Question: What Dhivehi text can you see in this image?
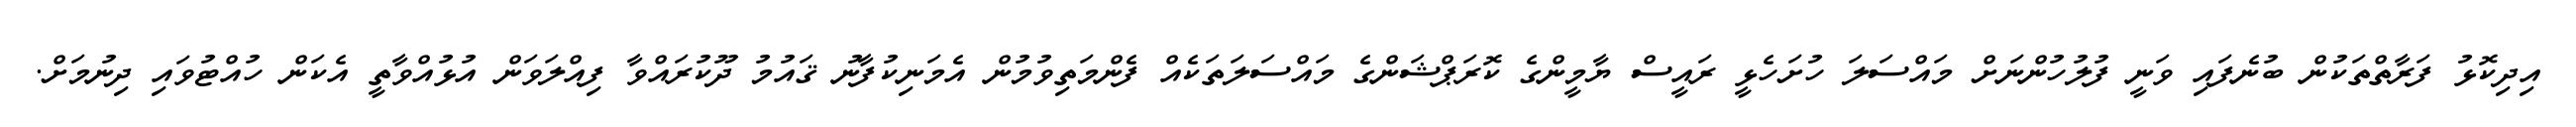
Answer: އިދިކޮޅު ފަރާތްތަކުން ބުނެފައި ވަނީ ފުލުހުންނަށް މައްސަލަ ހުށަހެޅީ ރައީސް ޔާމީންގެ ކޮރަޕްޝަންގެ މައްސަލަތަކެއް ފެންމަތިވުމުން އެމަނިކުފާނު ޤައުމު ދޫކުރައްވާ ފިއްލަވަން އުޅުއްވާތީ އެކަން ހުއްޓުވައި ދިނުމަށް.